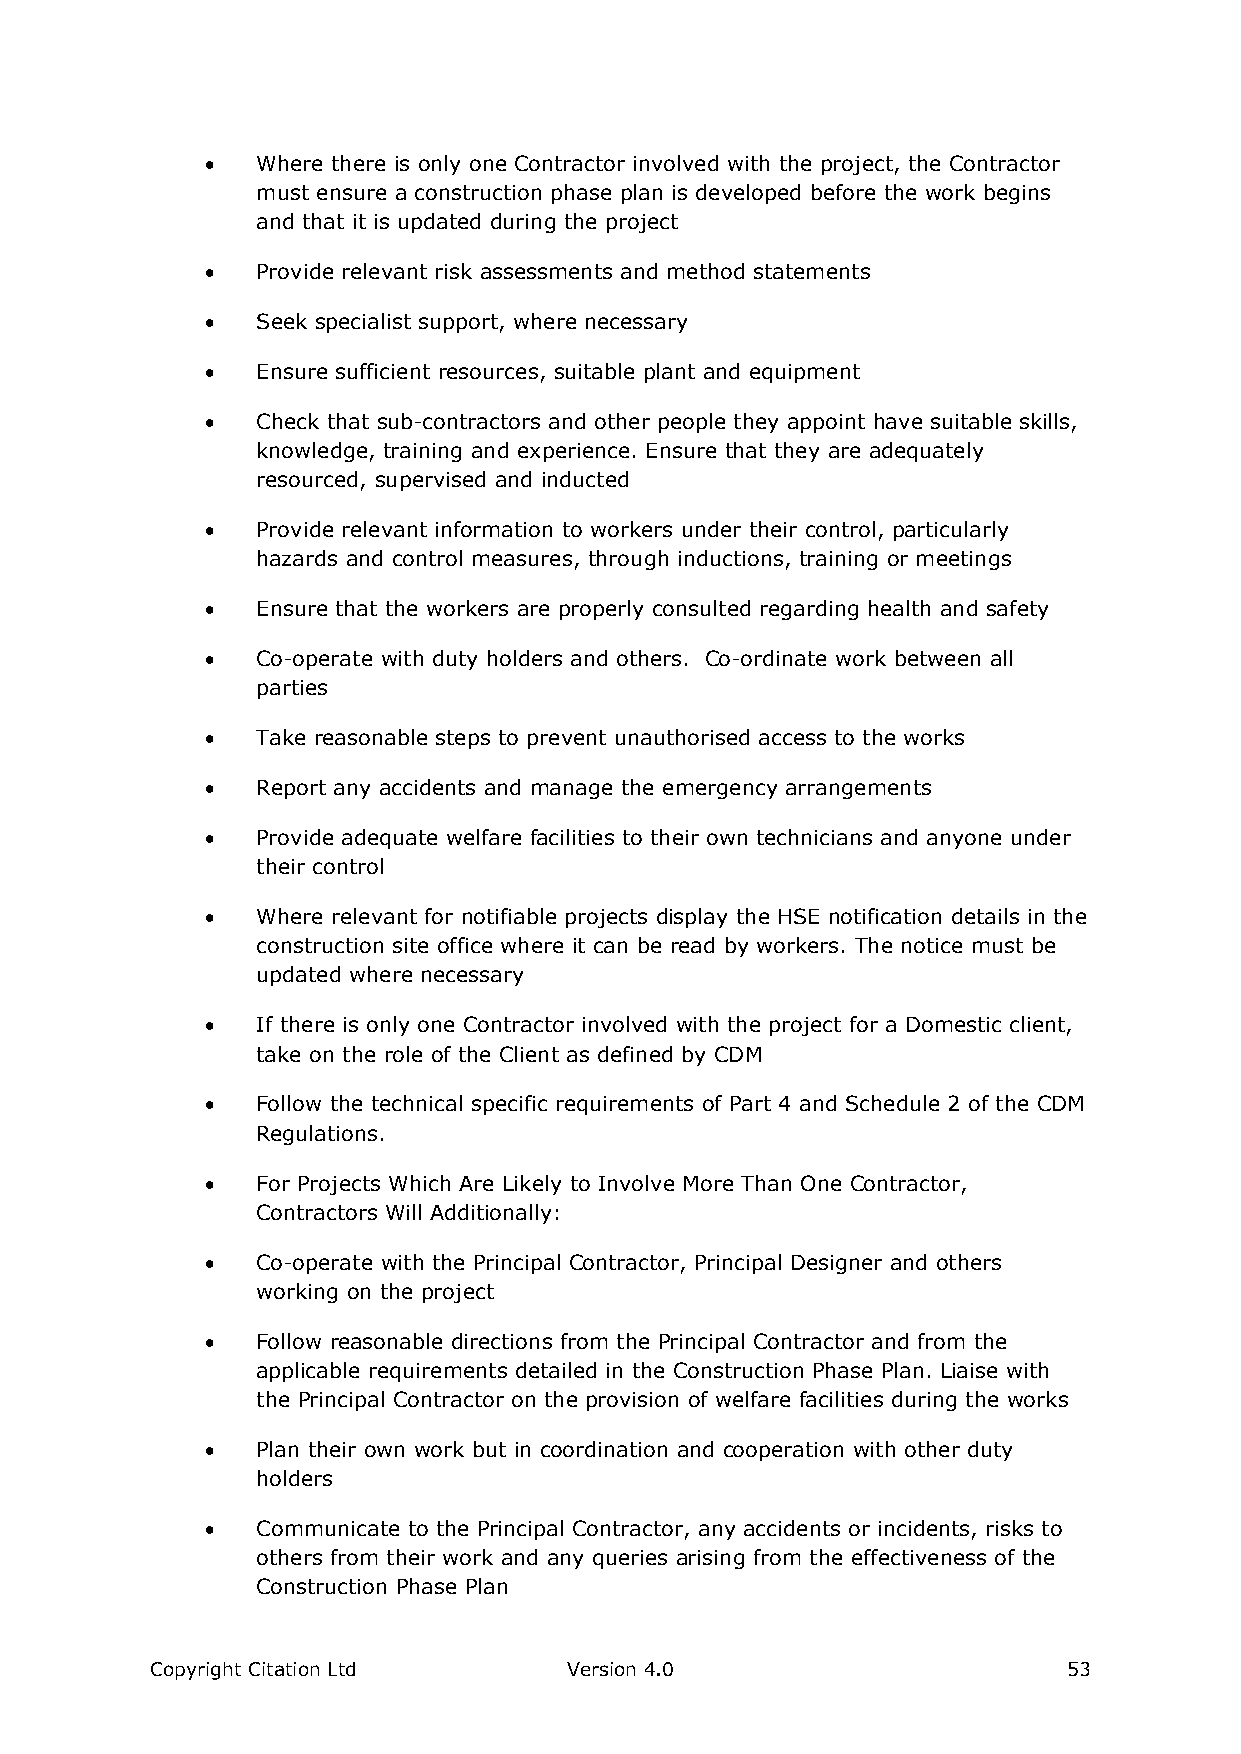
  Where there is only one Contractor involved with the project, the Contractor
 must ensure a construction phase plan is developed before the work begins
 and that it is updated during the project
   Provide relevant risk assessments and method statements
   Seek specialist support, where necessary
   Ensure sufficient resources, suitable plant and equipment
   Check that sub-contractors and other people they appoint have suitable skills,
 knowledge, training and experience. Ensure that they are adequately
 resourced, supervised and inducted
   Provide relevant information to workers under their control, particularly
 hazards and control measures, through inductions, training or meetings
   Ensure that the workers are properly consulted regarding health and safety
   Co-operate with duty holders and others. Co-ordinate work between all
 parties
   Take reasonable steps to prevent unauthorised access to the works
   Report any accidents and manage the emergency arrangements
   Provide adequate welfare facilities to their own technicians and anyone under
 their control
   Where relevant for notifiable projects display the HSE notification details in the
 construction site office where it can be read by workers. The notice must be
 updated where necessary
   If there is only one Contractor involved with the project for a Domestic client,
 take on the role of the Client as defined by CDM
   Follow the technical specific requirements of Part 4 and Schedule 2 of the CDM
 Regulations.
   For Projects Which Are Likely to Involve More Than One Contractor,
 Contractors Will Additionally:
   Co-operate with the Principal Contractor, Principal Designer and others
 working on the project
   Follow reasonable directions from the Principal Contractor and from the
 applicable requirements detailed in the Construction Phase Plan. Liaise with
 the Principal Contractor on the provision of welfare facilities during the works
   Plan their own work but in coordination and cooperation with other duty
 holders
   Communicate to the Principal Contractor, any accidents or incidents, risks to
 others from their work and any queries arising from the effectiveness of the
 Construction Phase Plan
 Copyright Citation Ltd      Version 4.0                      53